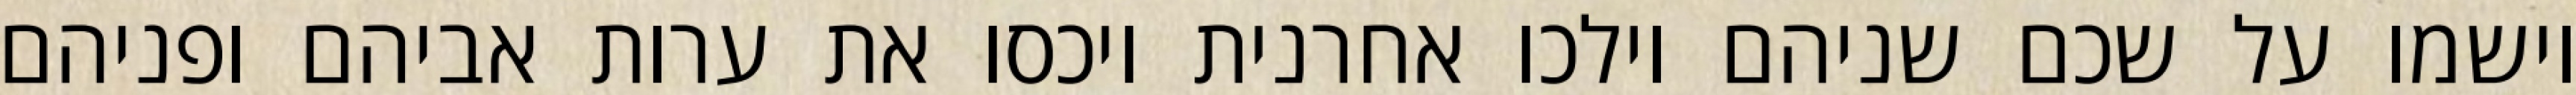
וישמו על שכם שניהם וילכו אחרנית ויכסו את ערות אביהם ופניהם